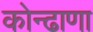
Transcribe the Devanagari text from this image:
कोन्ढाणा